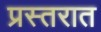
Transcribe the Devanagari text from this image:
प्रस्तरात